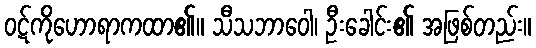
ဝဋ်ကိုဟောရာကထာ၏။ သီသဘာဝေါ၊ ဦးခေါင်း၏ အဖြစ်တည်း။